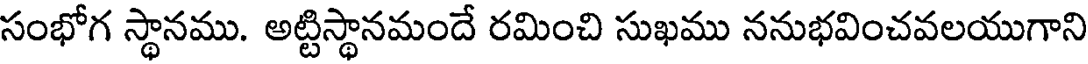
సంభోగ స్థానము. అట్టిస్థానమందే రమించి సుఖము ననుభవించవలయుగాని